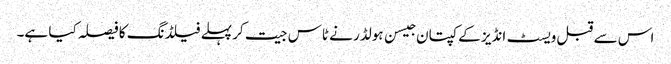
اس سے قبل ویسٹ انڈیز کے کپتان جیسن ہولڈر نے ٹاس جیت کر پہلے فیلڈنگ کا فیصلہ کیا ہے۔